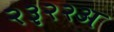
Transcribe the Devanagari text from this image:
२३२२अ